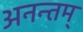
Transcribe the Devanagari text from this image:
अनन्तम्